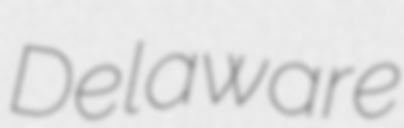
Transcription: Delaware